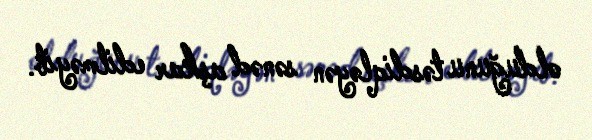
olduğunu təsdiqləyən sənəd aşkar edilməyib.